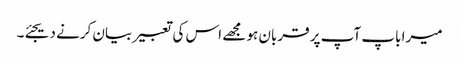
میرا باپ آپ پر قربان ہو مجھے اس کی تعبیر بیان کرنے دیجئے۔